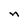
Character: n